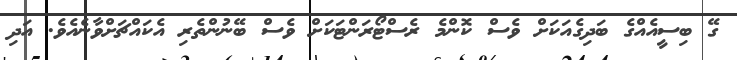
ގޭ ބިސީއެއްގެ ބަދިގެއަކަށް ވެސް ކޮންމެ ރެސްޓޯރަންޓަކަށް ވެސް ބޭނުންތެރި އެކައްޗަށްވާނެއެވެ. އަދި